system: You are a helpful assistant.
user:
Analyze the provided spectrum to determine if it is a **M-type Giant (gM)**.

A M-type Giant spectrum is defined by its **strong molecular absorption** features, particularly from **Titanium Oxide (TiO)**. You must check for one of the following mutually exclusive signatures:

- **Key Visual Indicators (Absorption-Dominated Spectrum):**

    - **(Primary):** The spectrum is dominated by strong molecular absorption from **Titanium Oxide (TiO)**. This is the **defining feature** of its M-type temperature class.
        - **(Key Bandheads):** Look for sharp, "saw-tooth" absorption valleys. The strongest are located near **~7050 Å**, **~6160 Å**, and **~5170 Å**.
        - **(Line Profile):** The "saw-tooth" morphology is critical: a **sharp, steep drop on the BLUE (short-wavelength) side** of the bandhead, followed by a gradual recovery (rising flux) towards the RED (long-wavelength) side.

    - **(Key Confirmation - Giant vs. Dwarf):** **ABSENCE** of strong **Calcium Hydride (CaH)** molecular bands. This is the primary diagnostic for *excluding* M-dwarfs.
        - **(Key Region):** The spectrum should lack the strong, broad absorption band seen in dwarfs between **~6800 Å and ~7000 Å**.

    - **(Secondary Confirmation - Giant):** A very strong and broad **Neutral Calcium (Ca I)** atomic absorption line.
        - **(Key Line):** Located at **~4226 Å**. In a giant (gM), this line is significantly deeper and broader than the same line in an M-dwarf (dM) due to low surface gravity.

    - **(Overall Spectrum):**
        - The continuum is **extremely red-sloping** (i.e., flux is very low in the blue and rises dramatically towards the red).
        - The entire spectrum appears "chopped up" by the deep TiO bands.

Think first, call **spectral_visualization_tool** if needed to examine features in detail, then provide your final answer. Your response must adhere to the following strict rules:
1.  **Overall Structure:** Your response must follow the format `<think>...</think> <tool_call>...</tool_call> (if a tool is used) <answer>...</answer>`.
2.  **Tool Usage Constraint:** You may only make **one** tool call per turn.
3.  **Final Answer Format:** In the `<answer>` tag, your conclusion must be inside a `\boxed{}` command (e.g., `\boxed{YES}` or `\boxed{NO}`), followed by your justification.

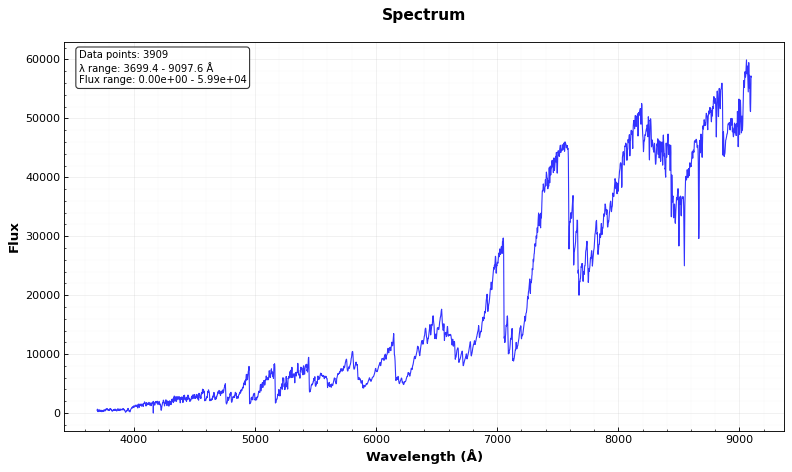
Answer: YES